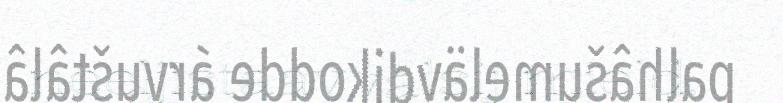
neeljistaavvâlsij mield.